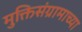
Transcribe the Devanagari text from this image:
मुक्तिसंग्रामाच्या